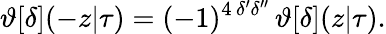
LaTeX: \vartheta[\delta](-z|\tau)=(-1)^{4\, \delta^{\prime}\delta^{\prime\prime}}\, \vartheta[\delta](z|\tau).